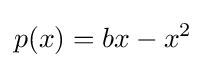
p(x)=bx-x^{2}